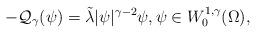
LaTeX: \begin{align*}-\mathcal{Q}_{\gamma} (\psi)= \tilde\lambda |\psi|^{\gamma-2}\psi,\psi \in W_{0}^{1,\gamma}(\Omega),\end{align*}